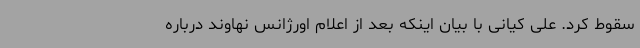
سقوط کرد. علی کیانی با بیان اینکه بعد از اعلام اورژانس نهاوند درباره